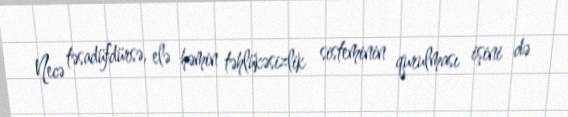
Necə təsadüfdürsə, elə həmin təhlükəsizlik sisteminin qurulması işini də